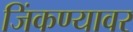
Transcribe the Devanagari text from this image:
जिंकण्यावर